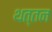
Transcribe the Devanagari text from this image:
थत्तन